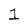
Character: 1